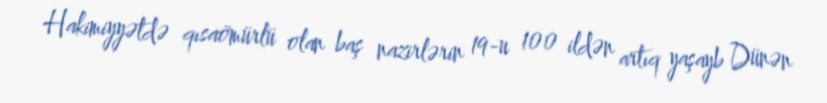
Hakimiyyətdə qısaömürlü olan baş nazirlərin 19-u 100 ildən artıq yaşayb Dünən